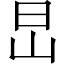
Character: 旵